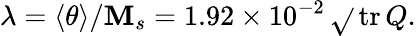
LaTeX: \lambda=\langle\theta\rangle/\mathbf{M}_{s}=1.92\times10^{-2}\, \sqrt{}{{{\, \mathrm{{tr\, }}}Q}}.